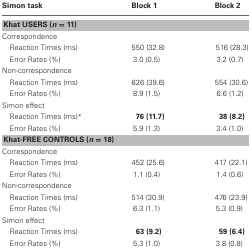
<table><thead><tr><td><b>Simon task</b></td><td><b>Block 1</b></td><td><b>Block 2</b></td></tr></thead><tbody><tr><td colspan="3"><b>Khat USERS (<i>n</i> = 11)</b></td></tr><tr><td colspan="3">Correspondence</td></tr><tr><td>Reaction Times (ms)</td><td>550 (32.8)</td><td>516 (28.3)</td></tr><tr><td>Error Rates (%)</td><td>3.0 (0.5)</td><td>3.2 (0.7)</td></tr><tr><td colspan="3">Non-correspondence</td></tr><tr><td>Reaction Times (ms)</td><td>626 (39.6)</td><td>554 (30.6)</td></tr><tr><td>Error Rates (%)</td><td>8.9 (1.5)</td><td>6.6 (1.2)</td></tr><tr><td colspan="3">Simon effect</td></tr><tr><td>Reaction Times (ms)<sup>*</sup></td><td><b>76 (11.7)</b></td><td><b>38 (8.2)</b></td></tr><tr><td>Error Rates (%)</td><td>5.9 (1.3)</td><td>3.4 (1.0)</td></tr><tr><td colspan="3"><b>Khat-FREE CONTROLS (<i>n</i> = 18)</b></td></tr><tr><td colspan="3">Correspondence</td></tr><tr><td>Reaction Times (ms)</td><td>452 (25.6)</td><td>417 (22.1)</td></tr><tr><td>Error Rates (%)</td><td>1.1 (0.4)</td><td>1.4 (0.6)</td></tr><tr><td colspan="3">Non-correspondence</td></tr><tr><td>Reaction Times (ms)</td><td>514 (30.9)</td><td>476 (23.9)</td></tr><tr><td>Error Rates (%)</td><td>6.3 (1.1)</td><td>5.3 (0.9)</td></tr><tr><td colspan="3">Simon effect</td></tr><tr><td>Reaction Times (ms)</td><td><b>63 (9.2)</b></td><td><b>59 (6.4)</b></td></tr><tr><td>Error Rates (%)</td><td>5.3 (1.0)</td><td>3.8 (0.8)</td></tr></tbody></table>